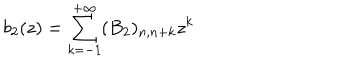
b _ { 2 } ( z ) = \sum _ { k = - 1 } ^ { + \infty } ( B _ { 2 } ) _ { n , n + k } z ^ { k }